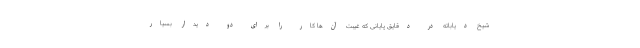
شیخ دیاباته در دقایق پایانی که غیبت آن‌ها کار را برای دو دیدار بسیار